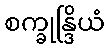
စက္ခုန္ဒြိယံ